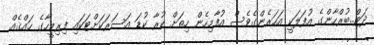
ދަޓް..ބުރްހާންގެ އުފަލަކީ އަހަރެންގެވެސް އުފާމިހެން ހިތަށް ކުރާ ކުޑަ އަސަރަކަށްޓަކައި ފިރިމީހާގެ ހައްޤެއް